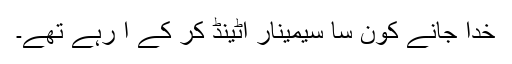
خدا جانے کون سا سیمینار اٹینڈ کر کے آ رہے تھے۔